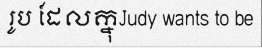
រូប ដែលក្នុJudy wants to be